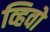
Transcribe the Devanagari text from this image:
व्हिवो